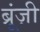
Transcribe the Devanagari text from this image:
ब्रूंज़ी